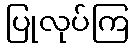
ပြုလုပ်ကြ